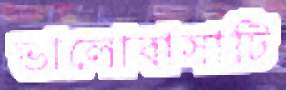
ভালোবাসাটি